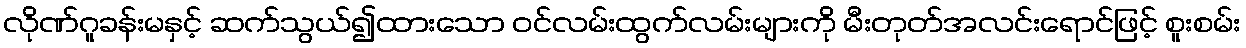
လိုဏ်ဂူခန်းမနှင့် ဆက်သွယ်၍ထားသော ဝင်လမ်းထွက်လမ်းများကို မီးတုတ်အလင်းရောင်ဖြင့် စူးစမ်း